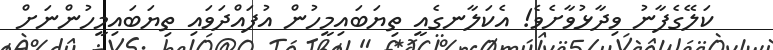
ކަލޭގެފާނު ވިދާޅުވާށެވެ! އެކަލާނގެއީ ތިޔަބައިމީހުން އުފައްދަވައި ތިޔަބައިމީހުންނަށް